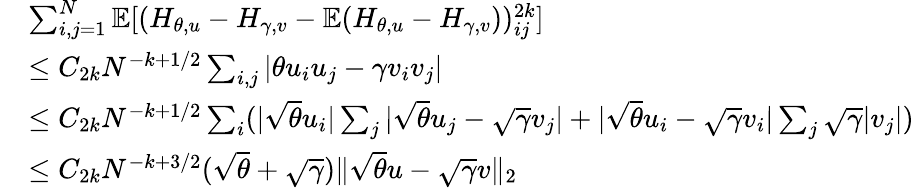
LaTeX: \begin{array}{rl}&{\sum_{i,j=1}^{N}\mathbb{E}[(H_{\theta,u}-H_{\gamma,v}-\mathbb{E}(H_{\theta,u}-H_{\gamma,v}))_{ij}^{2k}]}\\ &{\leq C_{2k}N^{-k+1/2}\sum_{i,j}|\theta u_{i}u_{j}-\gamma v_{i}v_{j}|}\\ &{\leq C_{2k}N^{-k+1/2}\sum_{i}(|\sqrt{\theta}u_{i}|\sum_{j}|\sqrt{\theta}u_{j}-\sqrt{\gamma}v_{j}|+|\sqrt{\theta}u_{i}-\sqrt{\gamma}v_{i}|\sum_{j}\sqrt{\gamma}|v_{j}|)}\\ &{\leq C_{2k}N^{-k+3/2}(\sqrt{\theta}+\sqrt{\gamma})\| \sqrt{\theta}u-\sqrt{\gamma}v\| _{2}}\end{array}